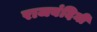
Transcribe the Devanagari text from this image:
राजबंदिनी